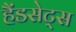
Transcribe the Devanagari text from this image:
हैंडसेट्स